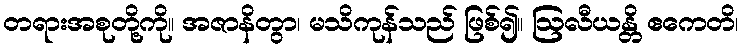
တရားအစုတို့ကို။ အဇာနိတွာ၊ မသိကုန်သည် ဖြစ်၍။ ဩလီယန္တိ ဧကေတိ၊